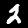
Digit: 2